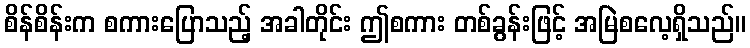
စိန်စိန်းက စကားပြောသည့် အခါတိုင်း ဤစကား တစ်ခွန်းဖြင့် အမြဲစလေ့ရှိသည်။